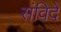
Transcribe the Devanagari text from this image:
संविदे